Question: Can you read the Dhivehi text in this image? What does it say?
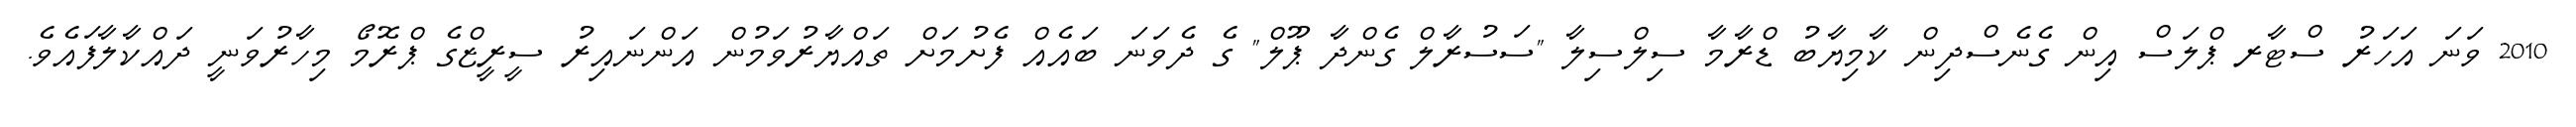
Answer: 2010 ވަނަ އަހަރު ސްޓާރ ޕްލަސް އިން ގެނެސްދިން ކާމިޔާބު ޑްރާމާ ސިލްސިލާ "ސަސުރާލް ގެންދާ ޕޫލް" ގެ ދެވަނަ ބައެއް ފެށުމަށް ތައްޔާރުވަމުން އަންނައިރު ސީރީޒްގެ ޕްރޮމޯ މިހާރުވަނީ ދައްކާލާފައެވެ.